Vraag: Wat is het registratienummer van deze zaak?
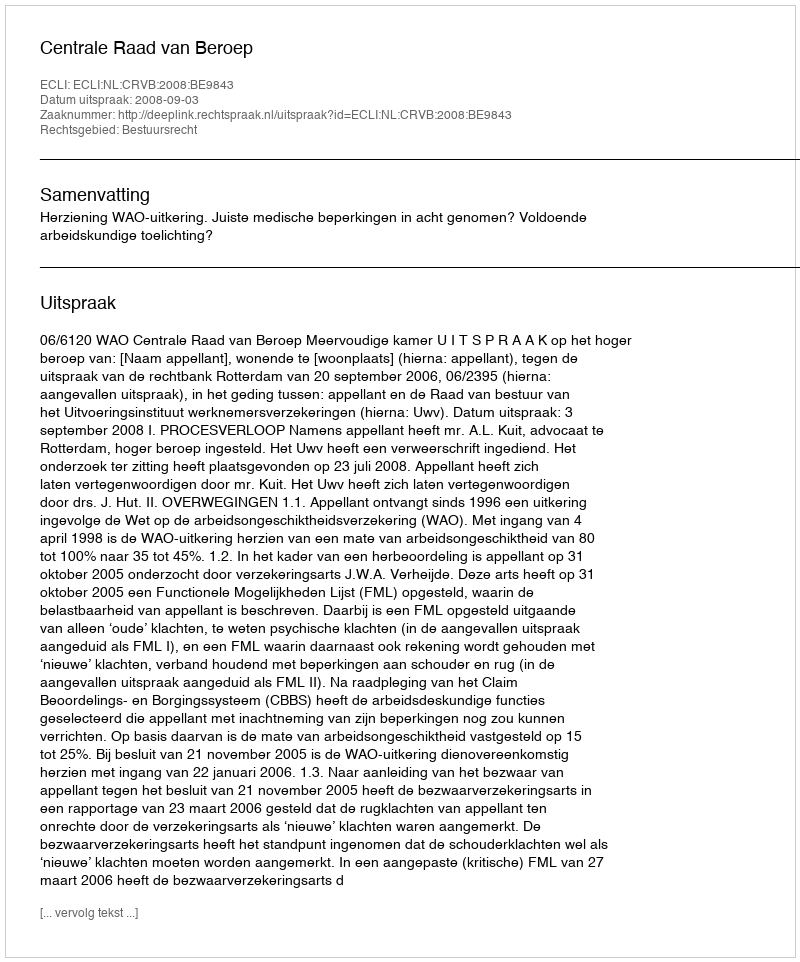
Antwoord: http://deeplink.rechtspraak.nl/uitspraak?id=ECLI:NL:CRVB:2008:BE9843